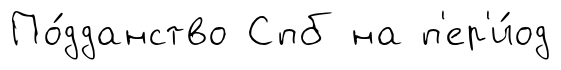
По́дданство Спб на п'ер'и́од